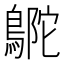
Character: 𪂊